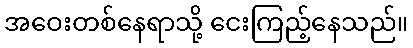
အဝေးတစ်နေရာသို့ ငေးကြည့်နေသည်။